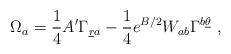
LaTeX: \begin{align*}\Omega_a = {1\over 4} A' \Gamma_{{\underline r} a} -{1\over 4} e^{B/2} W_{ab}\Gamma^{b\underline\theta}~,\end{align*}